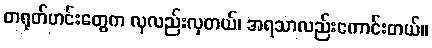
တရုတ်ဟင်းတွေက လှလည်းလှတယ်၊ အရသာလည်းကောင်းတယ်။